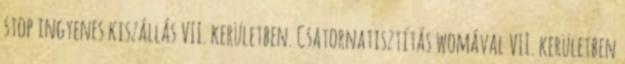
stop ingyenes kiszállás VII. kerületben. Csatornatisztítás womával VII. kerületben